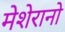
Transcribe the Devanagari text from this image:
मेशेरानो